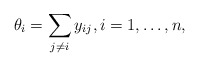
\begin{gather*}\theta_i=\sum_{j \not= i} y_{ij}, i=1,\ldots,n,\end{gather*}